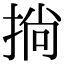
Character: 𢮐